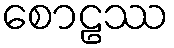
စောဠဿ